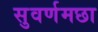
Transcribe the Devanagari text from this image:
सुवर्णमछा